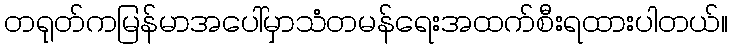
တရုတ်ကမြန်မာအပေါ်မှာသံတမန်ရေးအထက်စီးရထားပါတယ်။